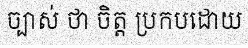
ច្បាស់ ថា ចិត្ត ប្រកបដោយ